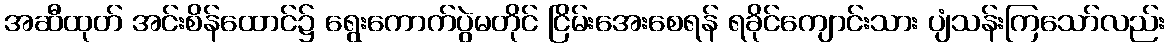
အဆီထုတ် အင်းစိန်ထောင်၌ ရွေးကောက်ပွဲမတိုင် ငြိမ်းအေးစေရန် ရခိုင်ကျောင်းသား ပျံသန်းကြသော်လည်း